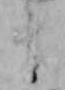
ま